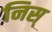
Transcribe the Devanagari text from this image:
निस्